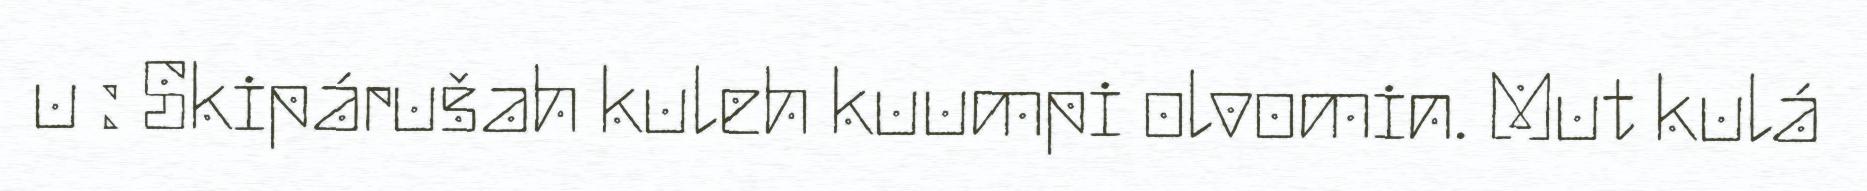
u : Skipárušah kuleh kuumpi olvomin. Mut kulá